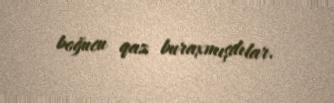
boğucu qaz buraxmışdılar.